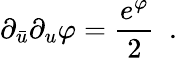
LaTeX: \partial_{\bar{u}}\partial_{u}\varphi={\frac{e^{\varphi}}{2}}\ \ .